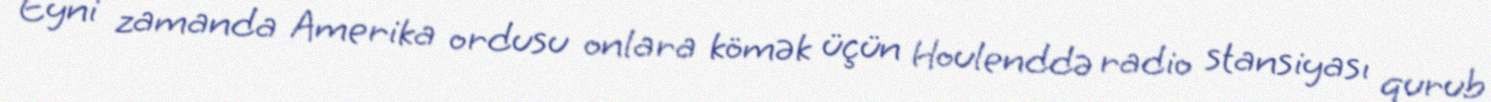
Eyni zamanda Amerika ordusu onlara kömək üçün Houlenddə radio stansiyası qurub